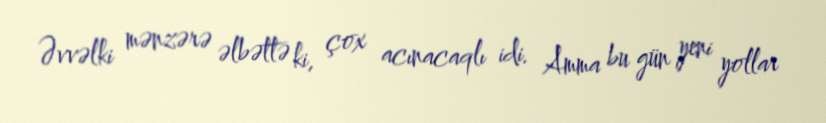
Əvvəlki mənzərə əlbəttə ki, çox acınacaqlı idi. Amma bu gün yeni yollar